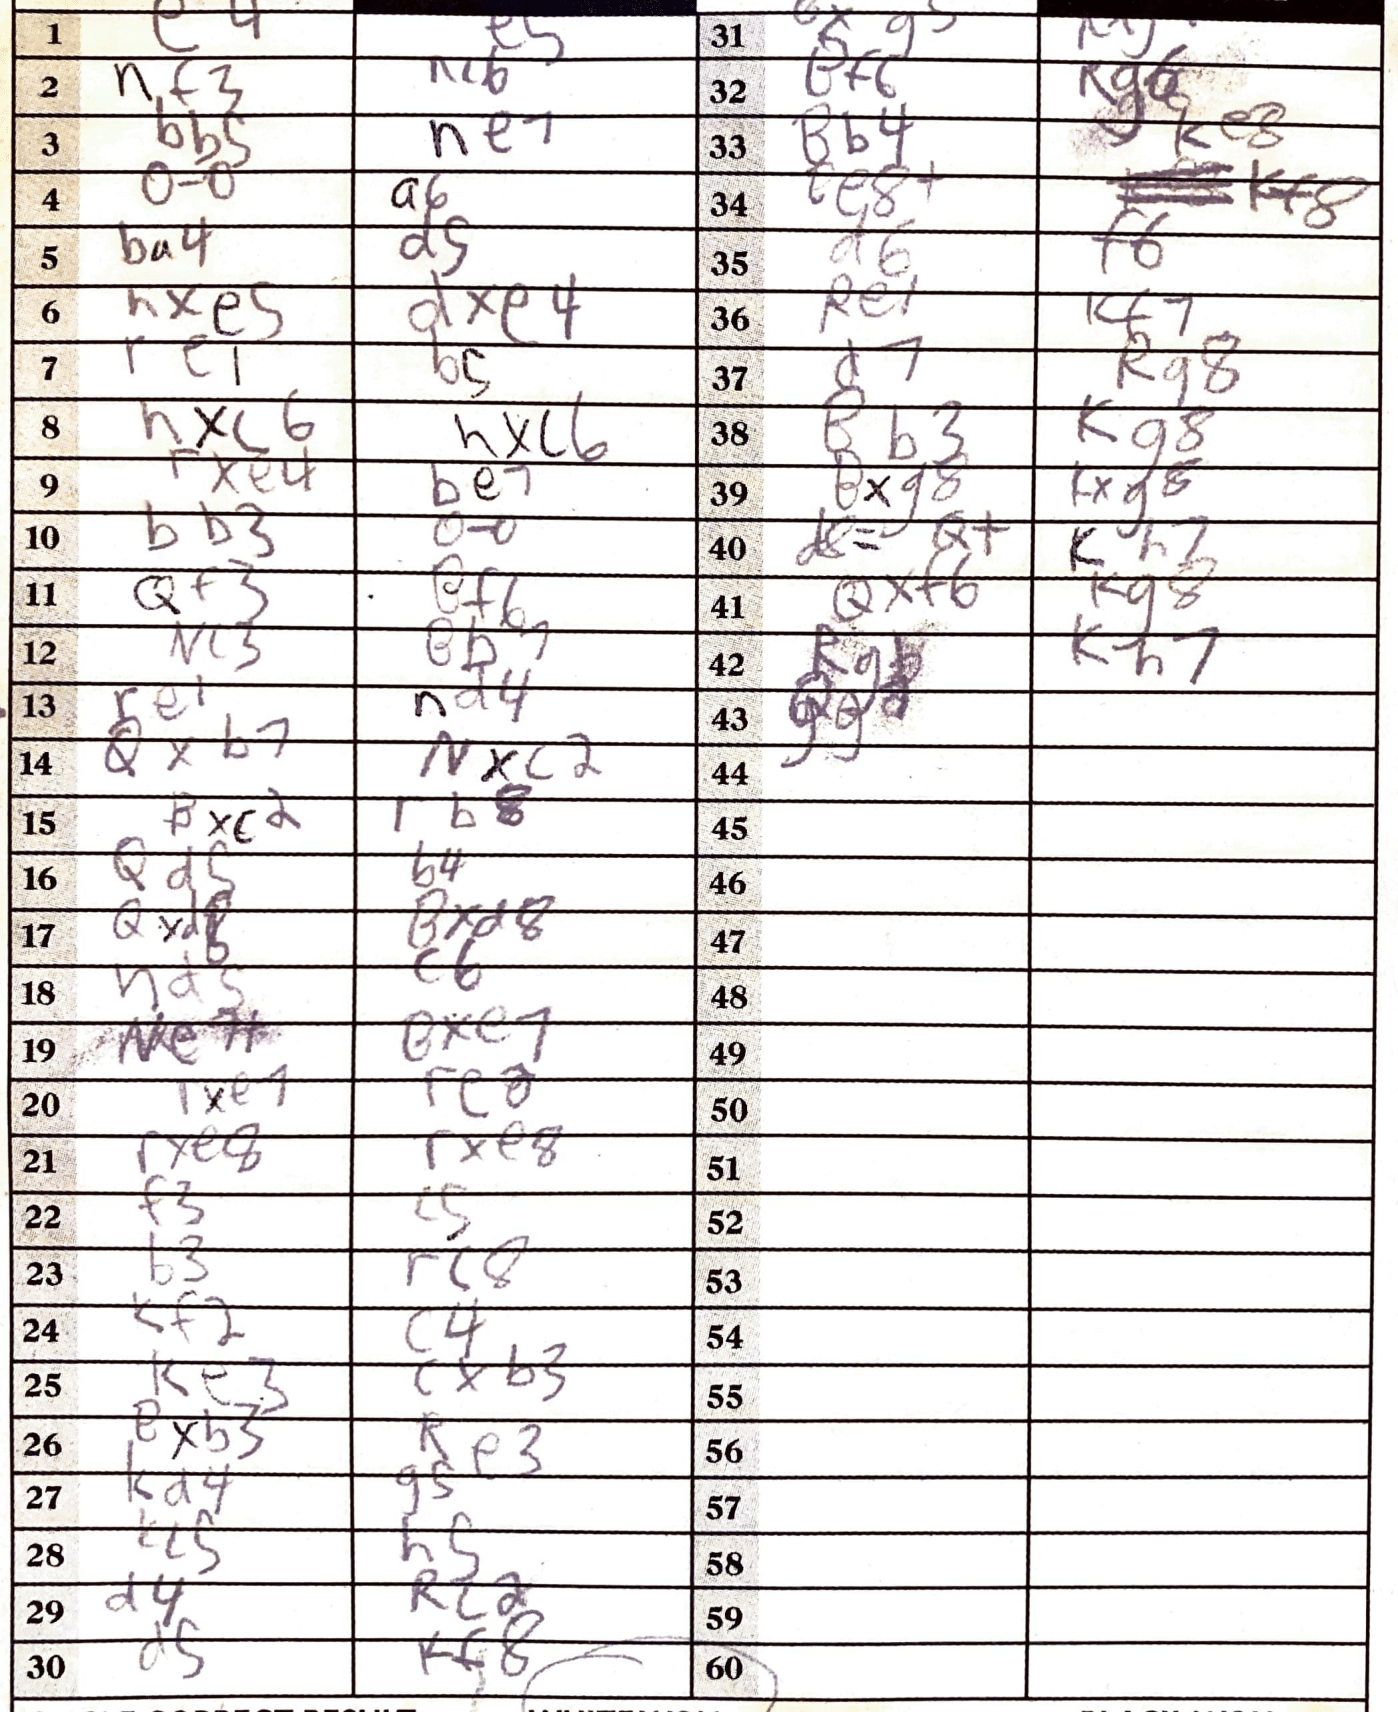
Moves: e4 e5 Nf3 Ne6 Bb5 Ne7 O-O a6 Ba4 d5 hxe5 dxe4 Re1 b5 hxc6 hxc6 Rxe4 Be7 Bb3 O-O Qf3 Bf6 Nc3 Bb7 Re1 Nd4 Nxc2 Bxc2 Rb8 Qd5 b4 Qxd8 Bxd8 Nd5 c6 Ne7+ Bxe7 Rxe7 Rc8 Rxe8 Rxe8 f3 c5 b3 Rc8 Kf2 c4 Ke3 Re3 Bxb3 Re3 Kd4 g5 Kc5 h5 d4 Rc2 d5 Kf8 Bf6 Rg6 Bb4 Ke8 Kf8 d6 f6 Re1 Kf7 d7 Rg8 Bb3 Kg8 Bxg8 Kxg8 d8=Q+ Kh7 Qxf6 Kg8 Rg8 Kh7